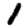
Digit: 1